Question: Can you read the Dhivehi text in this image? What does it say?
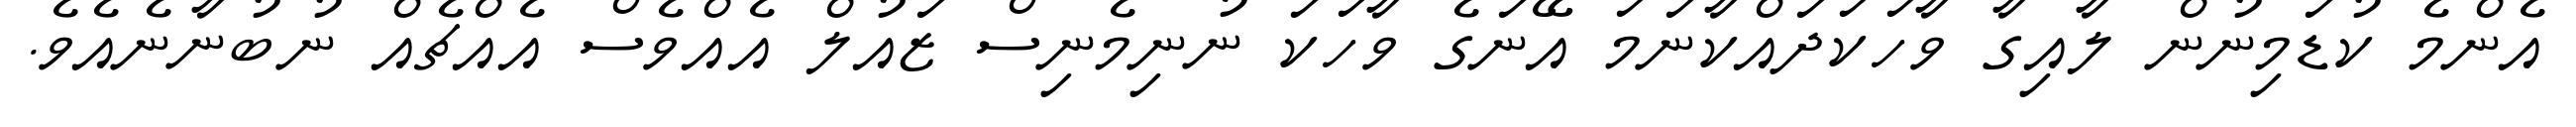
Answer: އެންމެ ކުޑަމިނުން ލާއިގާ ވާހަކަދައްކާނަމަ އޭނަގެ ވާހަކަ ނުނިމެނިސް ޒައުލް އެއްވެސް އެއްޗެއް ނުބުނާނެއެވެ.